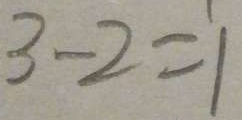
3 - 2 = 1